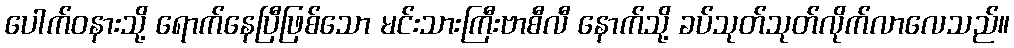
ပေါက်ဝနားသို့ ရောက်နေပြီဖြစ်သော မင်းသားကြီးဗာစီလီ နောက်သို့ ခပ်သုတ်သုတ်လိုက်လာလေသည်။